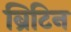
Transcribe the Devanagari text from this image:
ब्रिटिन